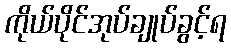
ကိုယ်ပိုင်အုပ်ချုပ်ခွင့်ရ